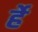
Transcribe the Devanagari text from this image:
र्हे